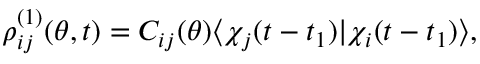
\begin{array} { r } { \rho _ { i j } ^ { ( 1 ) } ( \theta , t ) = C _ { i j } ( \theta ) \langle \chi _ { j } ( t - t _ { 1 } ) | \chi _ { i } ( t - t _ { 1 } ) \rangle , } \end{array}